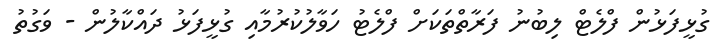
ގުޅީފަޅުން ފްލެޓް ލިބުނު ފަރާތްތަކަށް ފްލެޓު ހަވާލުކުރުމާއި ގުޅީފަޅު ދައްކާލުން - ވަގުތު